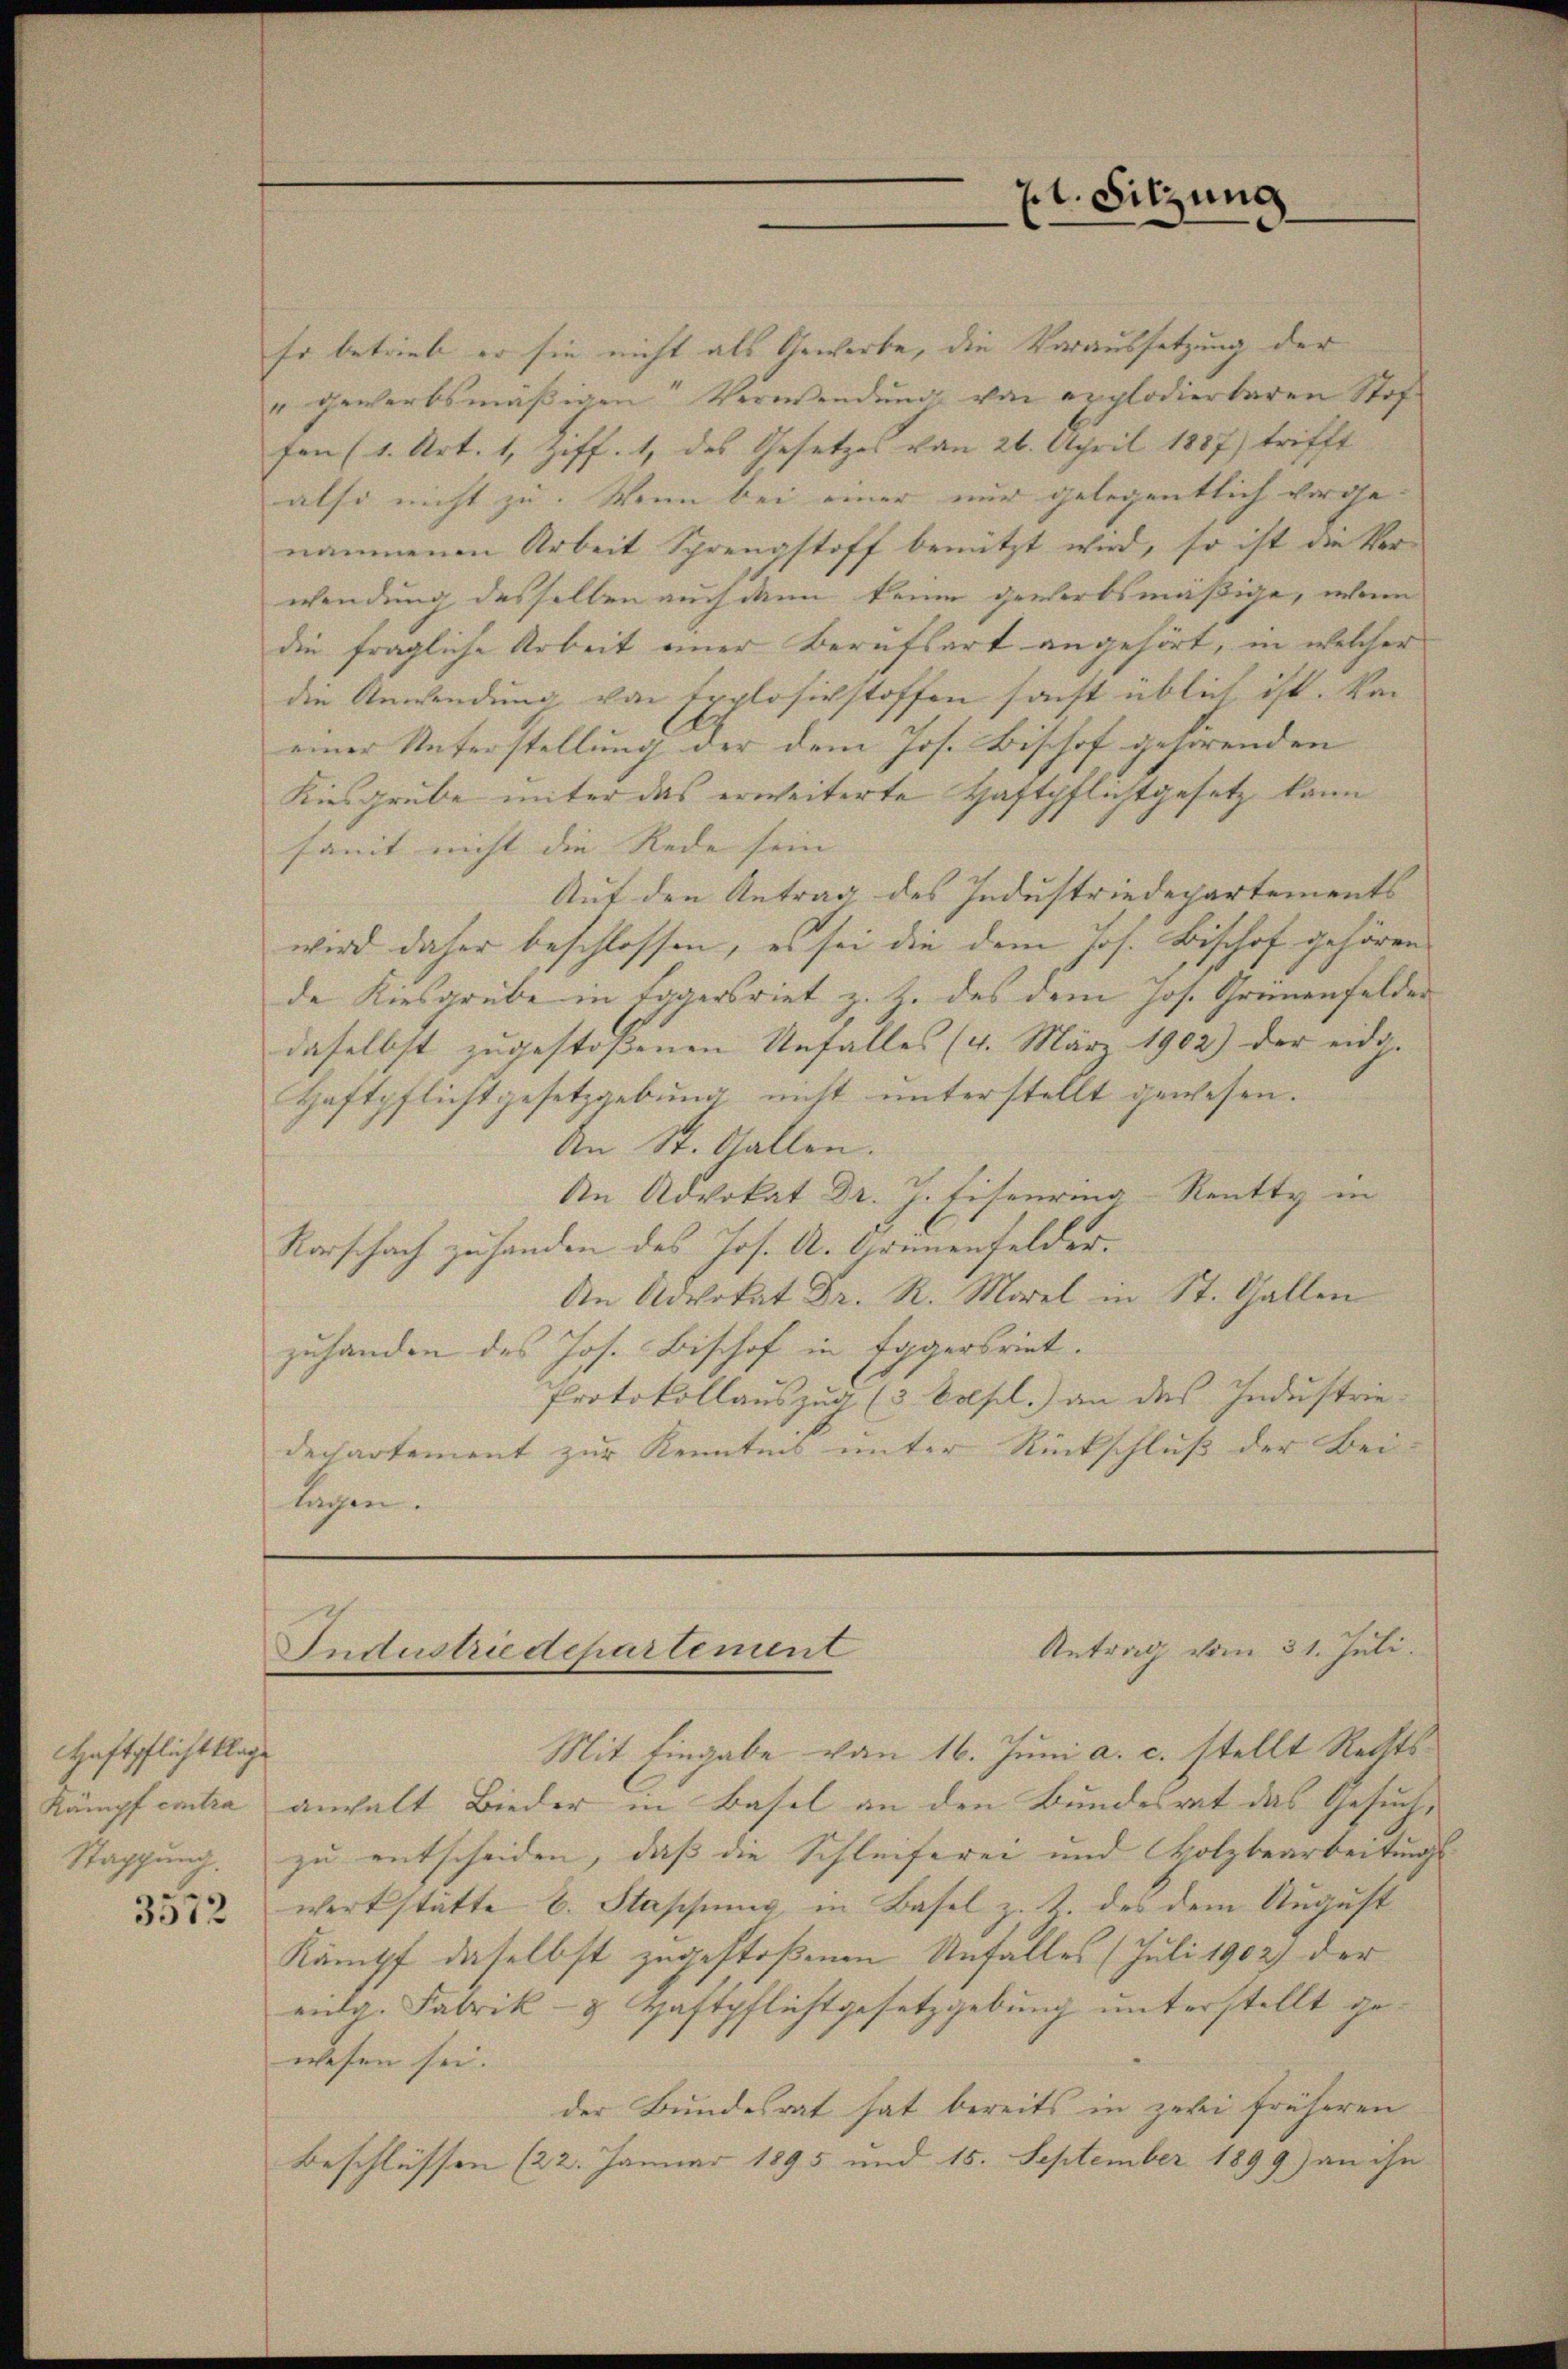
Haftpflicht klage
Kämpf contra
Stappung.
3572

Er betrieb er sie nicht als Gewerbe, die Voraussetzung der
" gewerbsmäßigen Verwendung von explodierbaren Stof
fen (1. Art. 1, Ziff. 1, des Gesetzes von 26. April 1887) trifft
also nicht zu. Wenn bei einer nur gelegentlich vorge- |
nommenen Arbeit Sprengstoff benützt wird, so ist die Ver-
wendung desselben auch dann keine gewerbsmäßige, wenn
die fragliche Arbeit einer Berufsart angehört, in welcher
die Anwendung von Explosichstoffen sonst üblich ist. Von
einer Unterstellung der dem Jos. Bischof gehörenden
Kiesgrube unter das erweiterte Haftpflichtgesetz kann
samt nicht die Rede sein |
Auf den Antrag des Industriedepartements
wird daher beschlossen, es sei die dem Jos. Bischof gehören
de Kiesgrube in Tagersriet z. Z. des dem Jos. Grünenfelder
daselbst zugestossenen Unfalles (4. März 1902) der eidg. |
Haftpflichtgesetzgebung nicht unterstellt gewesen.
An St. Gallen.
An Advokat Dr. J. Eisenring-Reutty in
Rorschach zu handen des Jos. A. Grünenfelder.
An Advokat Dr. R. Morel in St. Gallen
zuhanden des Jos. Bischof in Eggersriet.
Protokollauszug (3. Volfl.) an das Industrie-
dechartement zur Kenntnis unter Rückschluß der Bei-
lagen.

xt. Sitzung

Antrag vom 31. Juli.
Industriedepartement

Mit Eingabe von 16. Juni a. c. stellt Rechtsanhalt Bieder in Basel an den Bundesrat das Gesuchzu entscheiden, daß die Schleiferei und Holzbearbeitungs
werkstätte E. Staschung in Basel z. T. des dem August
Kämpf daselbst zugestoßenen Unfalles (Juli 1902) der
eig. Fabrik- & Haftpflichtgesetzgebung unterstellt gewesen sei.
der Bundesrat hat bereits in zwei früheren
Beschlüssen (22. Januar 1895 und 15. September 1899) an ihn